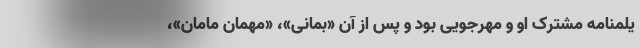
یلمنامه مشترک او و مهرجویی بود و پس از آن «بمانی»، «مهمان مامان»،